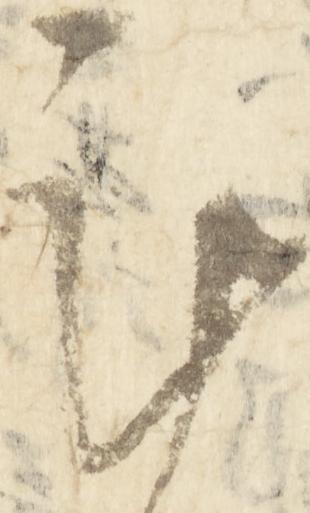
謹